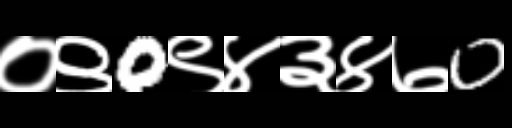
Text: ०९0९४३४७0